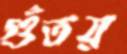
গুঁতয়